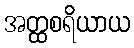
အတ္ထစရိယာယ